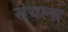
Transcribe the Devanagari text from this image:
सेयल्स